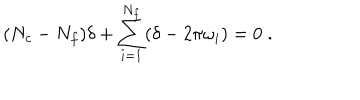
( N _ { c } - N _ { f } ) \delta + \sum _ { i = 1 } ^ { N _ { f } } ( \delta - 2 \pi \omega _ { i } ) = 0 \; .